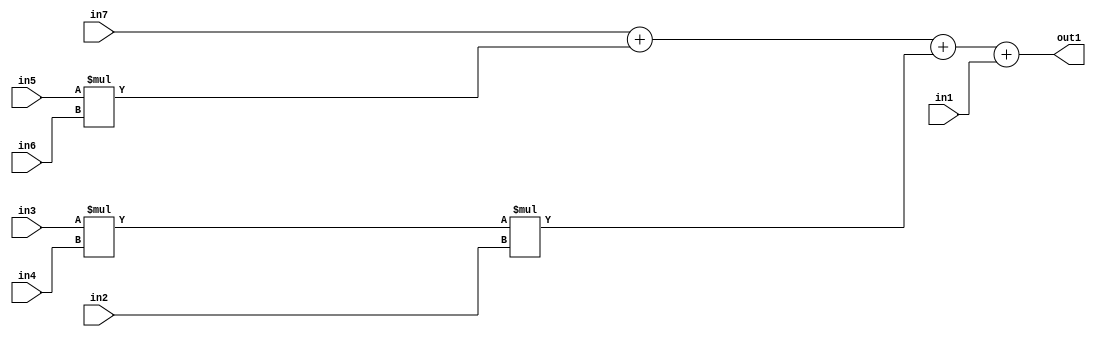
`timescale 1ps / 1ps
/*****************************************************************************
    Verilog RTL Description
    
    
    Created by: Stratus DpOpt 2019.1.01 
*******************************************************************************/

module st_feature_addr_gen_Add4u32Mul3u16u16u16Mul2u16u16u16_4_2 (
	in7,
	in6,
	in5,
	in4,
	in3,
	in2,
	in1,
	out1
	); /* architecture "behavioural" */ 
input [15:0] in7,
	in6,
	in5,
	in4,
	in3,
	in2;
input [31:0] in1;
output [31:0] out1;
wire [31:0] asc001,
	asc002;

assign asc002 = 
	+(in3 * in4);

wire [31:0] asc001_tmp_0;
wire [31:0] asc001_tmp_1;
wire [31:0] asc001_tmp_2;
assign asc001_tmp_2 = 
	+(in7);
assign asc001_tmp_1 = asc001_tmp_2
	+(in5 * in6);
assign asc001_tmp_0 = asc001_tmp_1
	+(asc002 * in2);
assign asc001 = asc001_tmp_0
	+(in1);

assign out1 = asc001;
endmodule

/* CADENCE  vrj2TwE= : u9/ySgnWtBlWxVPRXgAZ4Og= ** DO NOT EDIT THIS LINE ******/